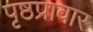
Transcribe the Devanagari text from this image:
पृष्ठप्रावार